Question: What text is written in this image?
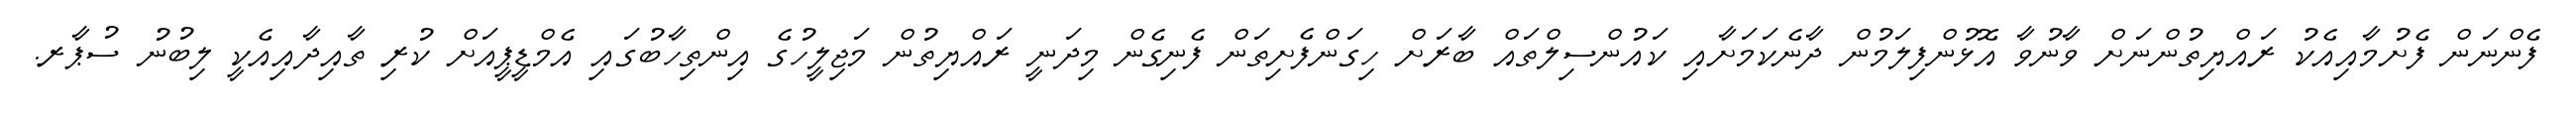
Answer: ފެންނަން ފެށުމާއިއެކު ރައްޔިތުންނަށް ވާނުވާ އޮޅުންފިލަމުން ދާނެކަމަށާއި ކައުންސިލްތައް ބާރަށް ހިގަންފެށިތަން ފެނިގެން މިދަނީ ރައްޔިތުން މަޖިލީހުގެ އިންތިހާބުގައި އެމްޑީޕީއަށް ކުރި ތާއިދާއިއެކީ ލިބުނު ސުޕާރ.